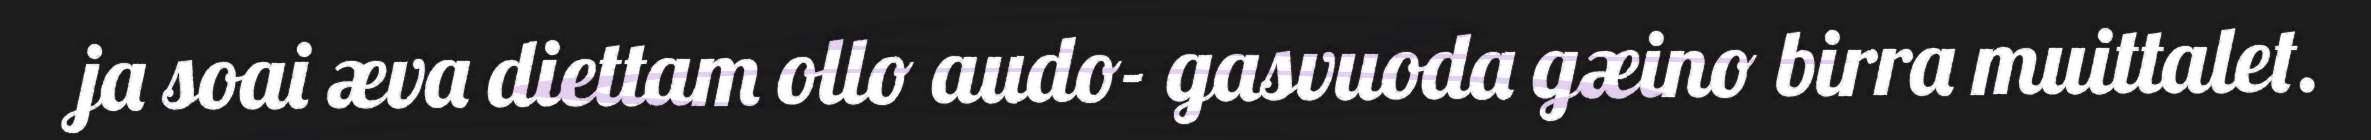
ja soai æva diettam ollo audo- gasvuoda gæino birra muittalet.